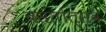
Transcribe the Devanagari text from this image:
बसंतोत्सव